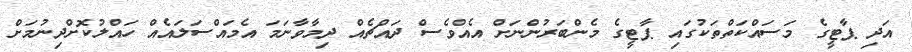
އަދި ޕާޓީގެ މަސައްކަތްތަކުގައި ޕާޓީގެ މެންބަރުންނަށް އެއްވެސް ދައްޗެއް ދިމާވާނަމަ އެމައްސަލައެއް ހައްލުކޮށްދިނުމަށް